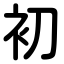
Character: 初